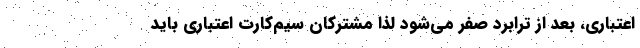
اعتباری، بعد از ترابرد صفر می‌شود لذا مشترکان سیم‌کارت اعتباری باید